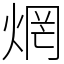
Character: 焹